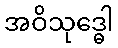
အဝိသုဒ္ဓေါ